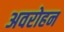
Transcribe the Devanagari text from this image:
अवरोहन